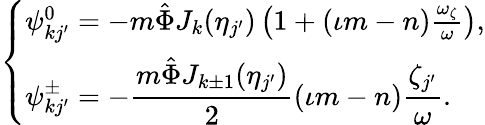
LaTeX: \begin{array}{r}{\left\{ \begin{array}{l}{\psi_{kj^{\prime}}^{0}=-m\hat{\Phi}J_{k}(\eta_{j^{\prime}})\left(1+(\iota m-n)\frac{\omega_{\zeta}}{\omega}\right),}\\ {\displaystyle\psi_{kj^{\prime}}^{\pm}=-\frac{m\hat{\Phi}J_{k\pm 1}(\eta_{j^{\prime}})}{2}(\iota m-n)\frac{\zeta_{j^{\prime}}}{\omega}.}\end{array}\right.}\end{array}